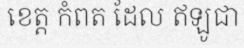
ខេត្ត កំពត ដែល ឥឡូជា